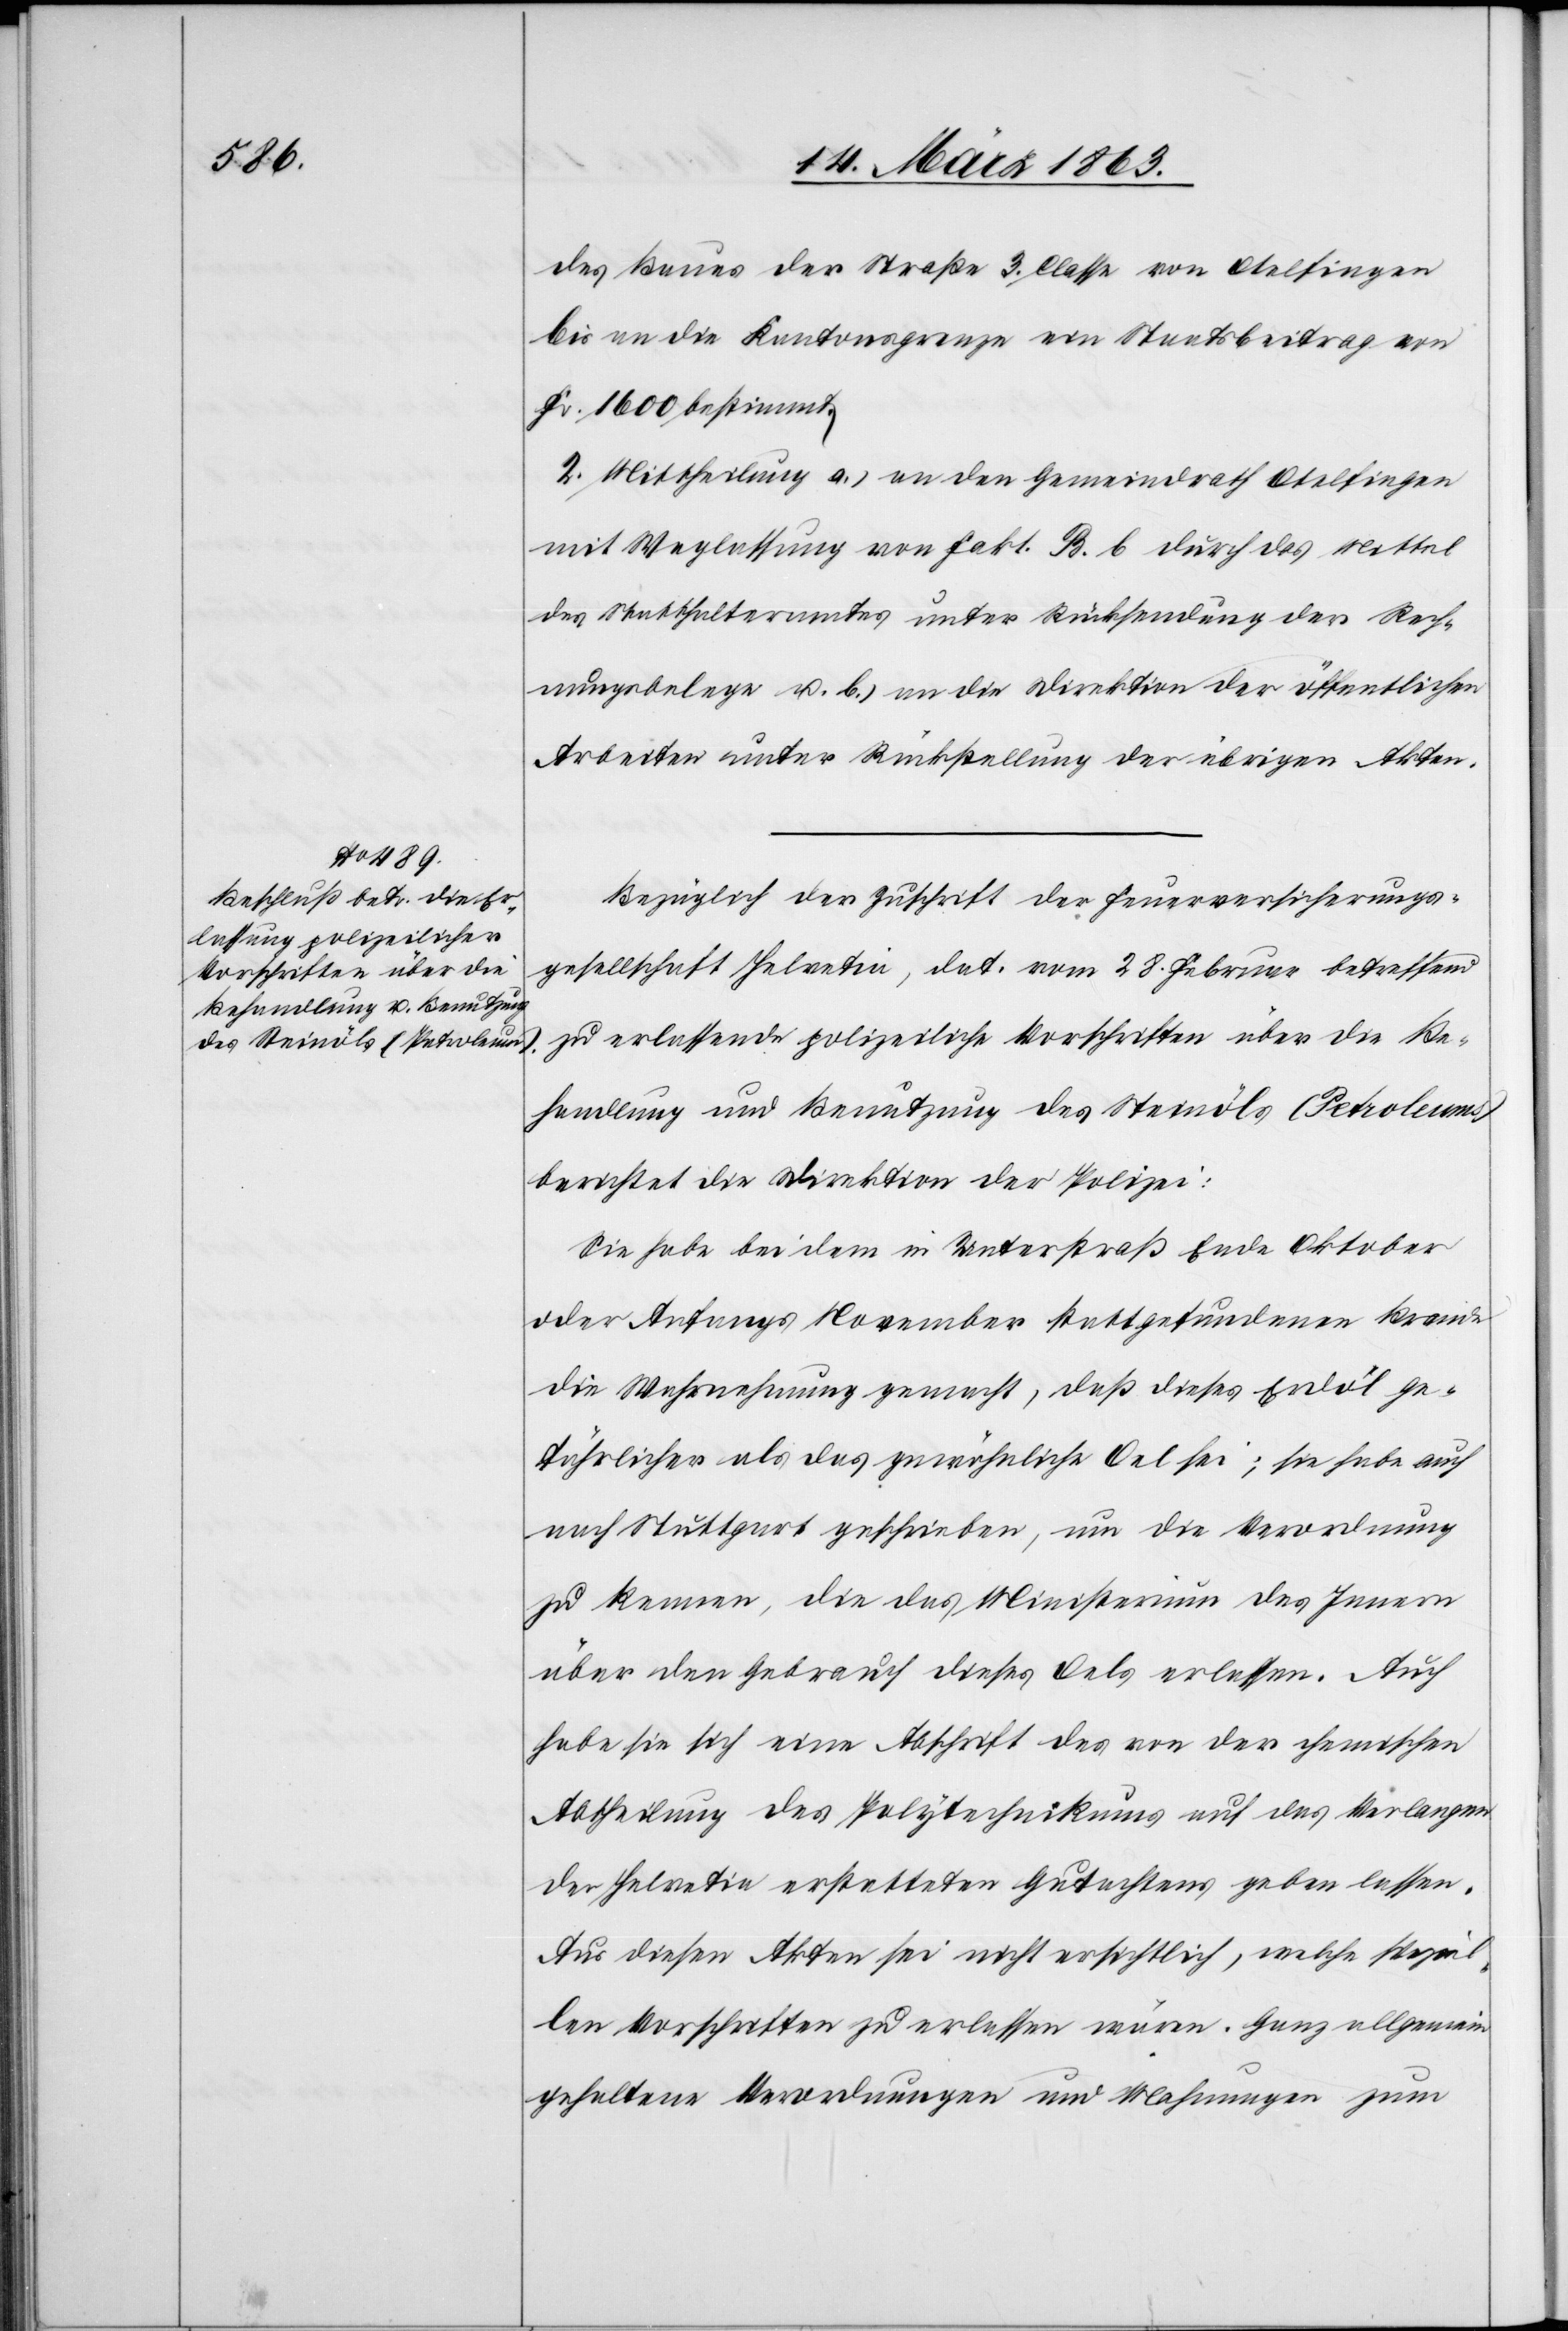
des Baues der Straße 3. Classe von Otelfingen
bis an die Kantonsgrenze ein Staatsbeitrag von
Fr. 1600 bestimmt.
2. Mittheilung a.) an den Gemeindrath Otelfingen
mit Weglassung von Fakt. B. b durch das Mittel
des Statthalteramtes unter Rücksendung der Rech¬
nungsbelege u. b.) an die Direktion der öffentlichen
Arbeiten unter Rückstellung der übrigen Akten.
Bezüglich der Zuschrift der Feuerversicherungs¬
gesellschaft Helvetia, dat. vom 28. Februar betreffend
zu erlassende polizeiliche Vorschriften über die Be¬
handlung und Benutzung des Steinöls (Petroleums)
berichtet die Direktion der Polizei:
Sie habe bei dem in Unterstraß Ende Oktober
oder Anfangs November stattgefundenen Brande
die Wahrnehmung gemacht, daß dieses Erdöl ge¬
fährlicher als das gewöhnliche Oel sei; sie habe auch
nach Stuttgart geschrieben, um die Verordnung
zu kennen, die das Ministerium des Innern
über den Gebrauch dieses Oels erlassen. Auch
habe sie sich eine Abschrift des von der chemischen
Abtheilung des Polytechnikums auf das Verlangen
der Helvetia erstatteten Gutachtens geben lassen.
Aus diesen Akten sei nicht ersichtlich, welche speziel¬
len Vorschriften zu erlassen wären. Ganz allgemein
gehaltene Verordnungen und Mahnungen zum